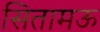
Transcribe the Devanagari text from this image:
सितामऊ